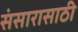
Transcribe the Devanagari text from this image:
संसारासाठी